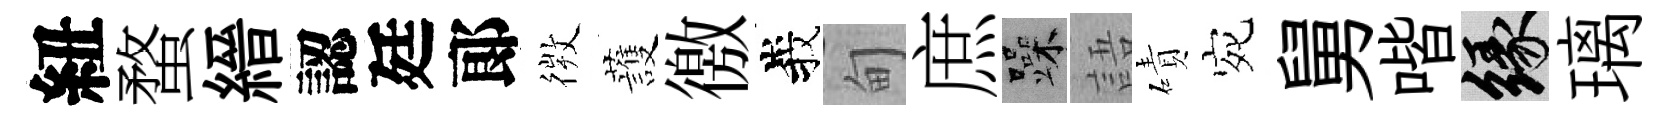
紐蝥縉認廷郞𢕄䕶徼峩甸庶躁語磧宛舅喈緣璃